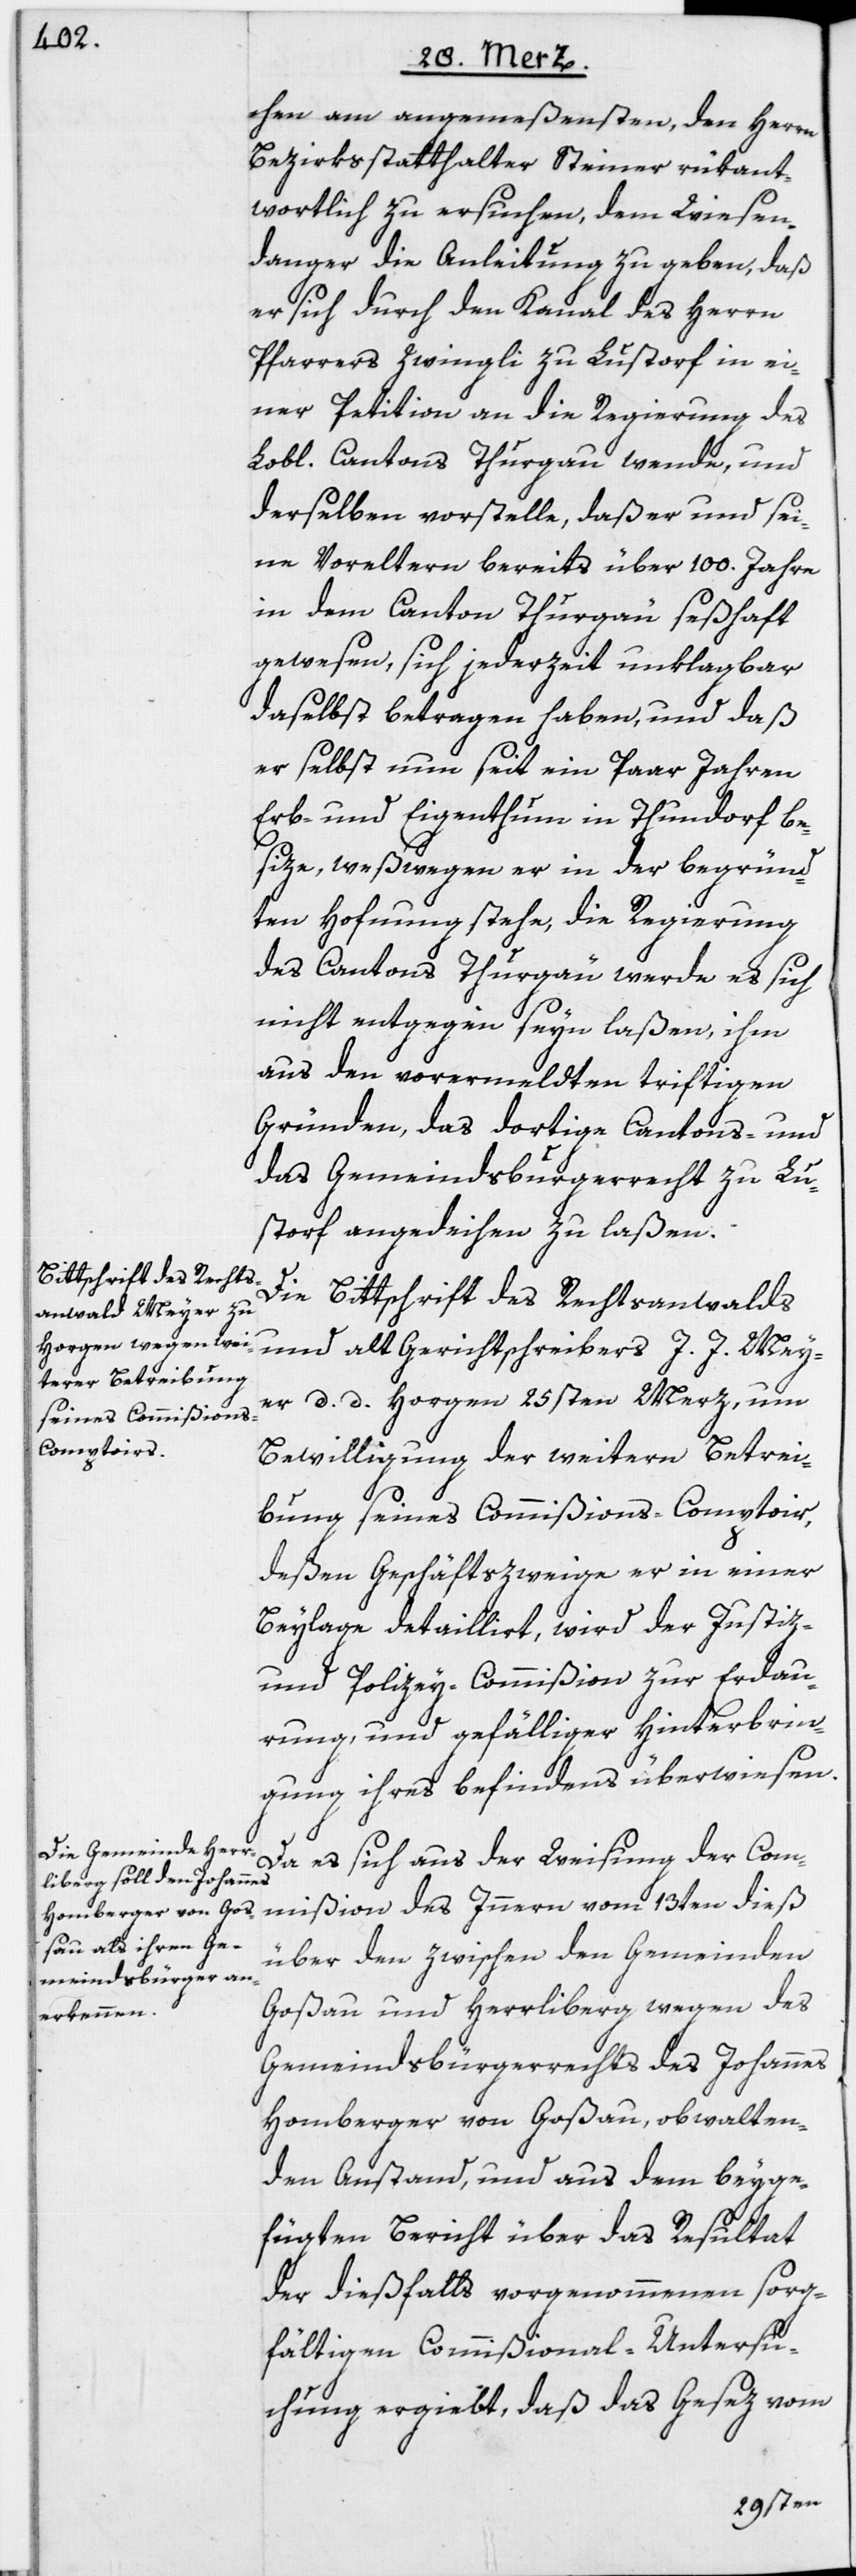
chen am angemeßensten, den Herrn
Bezirksstatthalter Steiner rükant¬
wortlich zu ersuchen, dem Wiesen¬
danger die Anleitung zu geben, daß
er sich durch den Kanal des Herrn
Pfarrers Zwingli zu Lustorf in ei¬
ner Petition an die Regierung des
Lobl. Cantons Thurgau wende, und
derselben vorstelle, daß er und sei¬
ne Voreltern bereits über 100. Jahre
in dem Canton Thurgau seßhaft
gewesen, sich jederzeit unklagbar
daselbst betragen haben, und daß
er selbst nun seit ein Paar Jahren
Erb- und Eigenthum in Thundorf be¬
size, weßwegen er in der begründ¬
ten Hofnung stehe, die Regierung
des Cantons Thurgau werde es sich
nicht entgegen seyn laßen, ihm
aus den vorermeldten triftigen
Gründen, das dortige Cantons- und
das Gemeindsbürgerrecht zu Lu¬
storf angedeihen zu laßen.
Die Bittschrift des Rechtsanwalds
und alt Gerichtschreibers J. J. Mey¬
er d. d. Horgen 25sten Merz, um
Bewilligung der weitern Betrei¬
bung seines Commißions-Comptoir,
deßen Geschäftszweige er in einer
Beylage detaillirt, wird der Justiz-
und Polizey-Commißion zur Erdau¬
rung, und gefälliger Hinterbrin¬
gung ihres befindens [sic!] überwiesen.
Da es sich aus der Weisung der Com¬
mißion des Innern vom 13ten dieß
über den zwischen den Gemeinden
Goßau und Herrliberg wegen des
Gemeindsbürgerrechts des Johannes
Homberger von Goßau, obwalten¬
den Anstand, und aus dem beyge¬
fügten Bericht über das Resultat
der dießfalls vorgenommenen sorg¬
fältigen Commißional-Untersu¬
chung ergiebt, daß das Gesez vom